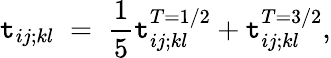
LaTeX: \mathtt{t}_{ij;kl}\; =\; \frac{1}{5}\mathtt{t}_{ij;kl}^{T=1/2}+\mathtt{t}_{ij;kl}^{T=3/2},